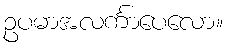
ဥပမာအလင်္ကာပေလော။